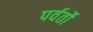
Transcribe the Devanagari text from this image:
पर्वर्तो